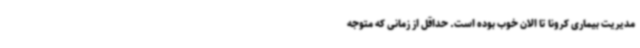
مدیریت بیماری کرونا تا الان خوب بوده است. حداقل از زمانی که متوجه